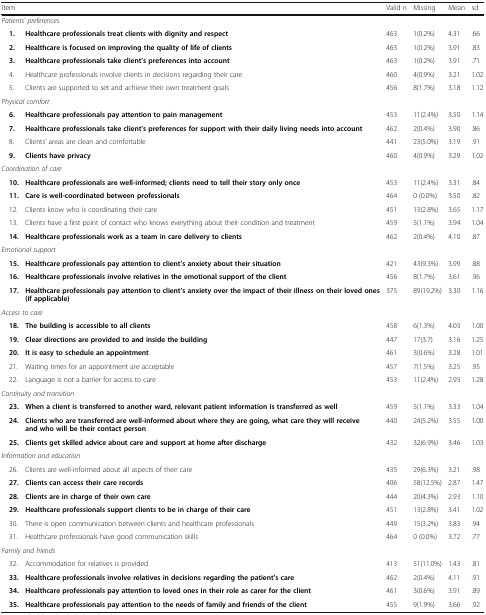
<table><thead><tr><td colspan="2"><b>Item</b></td><td><b>Valid n</b></td><td><b>Missing</b></td><td><b>Mean</b></td><td><b>sd</b></td></tr></thead><tbody><tr><td colspan="6"><i>Patients’ preferences</i></td></tr><tr><td> <b>1.</b></td><td><b>Healthcare professionals treat clients with dignity and respect</b></td><td>463</td><td>1(0.2%)</td><td>4.31</td><td>.66</td></tr><tr><td> <b>2.</b></td><td><b>Healthcare is focused on improving the quality of life of clients</b></td><td>463</td><td>1(0.2%)</td><td>3.91</td><td>.83</td></tr><tr><td> <b>3.</b></td><td><b>Healthcare professionals take client’s preferences into account</b></td><td>463</td><td>1(0.2%)</td><td>3.91</td><td>.71</td></tr><tr><td> 4.</td><td>Healthcare professionals involve clients in decisions regarding their care</td><td>460</td><td>4(0.9%)</td><td>3.21</td><td>1.02</td></tr><tr><td> 5.</td><td>Clients are supported to set and achieve their own treatment goals</td><td>456</td><td>8(1.7%)</td><td>3.18</td><td>1.12</td></tr><tr><td colspan="6"><i>Physical comfort</i></td></tr><tr><td> <b>6.</b></td><td><b>Healthcare professionals pay attention to pain management</b></td><td>453</td><td>11(2.4%)</td><td>3.50</td><td>1.14</td></tr><tr><td> <b>7.</b></td><td><b>Healthcare professionals take client’s preferences for support with their daily living needs into account</b></td><td>462</td><td>2(0.4%)</td><td>3.90</td><td>.86</td></tr><tr><td> 8.</td><td>Clients’ areas are clean and comfortable</td><td>441</td><td>23(5.0%)</td><td>3.19</td><td>.91</td></tr><tr><td> <b>9.</b></td><td><b>Clients have privacy</b></td><td>460</td><td>4(0.9%)</td><td>3.29</td><td>1.02</td></tr><tr><td colspan="6"><i>Coordination of care</i></td></tr><tr><td> <b>10.</b></td><td><b>Healthcare professionals are well-informed; clients need to tell their story only once</b></td><td>453</td><td>11(2.4%)</td><td>3.31</td><td>.84</td></tr><tr><td> <b>11.</b></td><td><b>Care is well-coordinated between professionals</b></td><td>464</td><td>0 (0.0%)</td><td>3.50</td><td>.82</td></tr><tr><td> 12.</td><td>Clients know who is coordinating their care</td><td>451</td><td>13(2.8%)</td><td>3.65</td><td>1.17</td></tr><tr><td> 13.</td><td>Clients have a first point of contact who knows everything about their condition and treatment</td><td>459</td><td>5(1.1%)</td><td>3.94</td><td>1.04</td></tr><tr><td> <b>14.</b></td><td><b>Healthcare professionals work as a team in care delivery to clients</b></td><td>462</td><td>2(0.4%)</td><td>4.10</td><td>.87</td></tr><tr><td colspan="6"><i>Emotional support</i></td></tr><tr><td> <b>15.</b></td><td><b>Healthcare professionals pay attention to client’s anxiety about their situation</b></td><td>421</td><td>43(9.3%)</td><td>3.99</td><td>.88</td></tr><tr><td> <b>16.</b></td><td><b>Healthcare professionals involve relatives in the emotional support of the client</b></td><td>456</td><td>8(1.7%)</td><td>3.61</td><td>.96</td></tr><tr><td> <b>17.</b></td><td><b>Healthcare professionals pay attention to client’s anxiety over the impact of their illness on their loved ones (if applicable)</b></td><td>375</td><td>89(19.2%)</td><td>3.30</td><td>1.16</td></tr><tr><td colspan="6"><i>Access to care</i></td></tr><tr><td> <b>18.</b></td><td><b>The building is accessible to all clients</b></td><td>458</td><td>6(1.3%)</td><td>4.03</td><td>1.00</td></tr><tr><td> <b>19.</b></td><td><b>Clear directions are provided to and inside the building</b></td><td>447</td><td>17(3.7)</td><td>3.16</td><td>1.25</td></tr><tr><td> <b>20.</b></td><td><b>It is easy to schedule an appointment</b></td><td>461</td><td>3(0.6%)</td><td>3.28</td><td>1.01</td></tr><tr><td> 21.</td><td>Waiting times for an appointment are acceptable</td><td>457</td><td>7(1.5%)</td><td>3.25</td><td>.95</td></tr><tr><td> 22.</td><td>Language is not a barrier for access to care</td><td>453</td><td>11(2.4%)</td><td>2.93</td><td>1.28</td></tr><tr><td colspan="6"><i>Continuity and transition</i></td></tr><tr><td> <b>23.</b></td><td><b>When a client is transferred to another ward, relevant patient information is transferred as well</b></td><td>459</td><td>5(1.1%)</td><td>3.33</td><td>1.04</td></tr><tr><td> <b>24.</b></td><td><b>Clients who are transferred are well-informed about where they are going, what care they will receive and who will be their contact person</b></td><td>440</td><td>24(5.2%)</td><td>3.55</td><td>1.00</td></tr><tr><td> <b>25.</b></td><td><b>Clients get skilled advice about care and support at home after discharge</b></td><td>432</td><td>32(6.9%)</td><td>3.46</td><td>1.03</td></tr><tr><td colspan="6"><i>Information and education</i></td></tr><tr><td> 26.</td><td>Clients are well-informed about all aspects of their care</td><td>435</td><td>29(6.3%)</td><td>3.21</td><td>.98</td></tr><tr><td> <b>27.</b></td><td><b>Clients can access their care records</b></td><td>406</td><td>58(12.5%)</td><td>2.87</td><td>1.47</td></tr><tr><td> <b>28.</b></td><td><b>Clients are in charge of their own care</b></td><td>444</td><td>20(4.3%)</td><td>2.93</td><td>1.10</td></tr><tr><td> <b>29.</b></td><td><b>Healthcare professionals support clients to be in charge of their care</b></td><td>451</td><td>13(2.8%)</td><td>3.41</td><td>1.02</td></tr><tr><td> 30.</td><td>There is open communication between clients and healthcare professionals</td><td>449</td><td>15(3.2%)</td><td>3.83</td><td>.94</td></tr><tr><td> 31.</td><td>Healthcare professionals have good communication skills</td><td>464</td><td>0 (0.0%)</td><td>3.72</td><td>.77</td></tr><tr><td colspan="6"><i>Family and friends</i></td></tr><tr><td> 32.</td><td>Accommodation for relatives is provided</td><td>413</td><td>51(11.0%)</td><td>1.43</td><td>.81</td></tr><tr><td> <b>33.</b></td><td><b>Healthcare professionals involve relatives in decisions regarding the patient’s care</b></td><td>462</td><td>2(0.4%)</td><td>4.11</td><td>.91</td></tr><tr><td> <b>34.</b></td><td><b>Healthcare professionals pay attention to loved ones in their role as carer for the client</b></td><td>461</td><td>3(0.6%)</td><td>3.91</td><td>.89</td></tr><tr><td> <b>35.</b></td><td><b>Healthcare professionals pay attention to the needs of family and friends of the client</b></td><td>455</td><td>9(1.9%)</td><td>3.66</td><td>.92</td></tr></tbody></table>